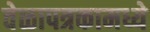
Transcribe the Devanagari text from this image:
वेळापत्रकामध्ये